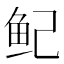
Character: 鱾